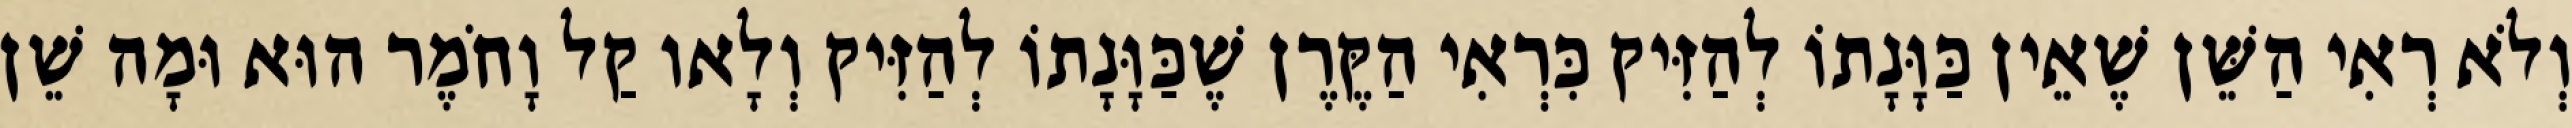
וְלֹא רְאִי הַשֵּׁן שֶׁאֵין כַּוָּנָתוֹ לְהַזִּיק כִּרְאִי הַקֶּרֶן שֶׁכַּוָּנָתוֹ לְהַזִּיק וְלָאו קַל וָחֹמֶר הוּא וּמָה שֵׁן